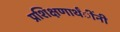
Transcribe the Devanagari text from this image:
प्रशिक्षणार्थंींनी